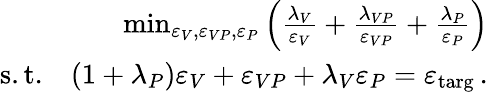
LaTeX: \begin{array}{r}{\operatorname*{min}_{\varepsilon_{V},\varepsilon_{VP},\varepsilon_{P}}\left(\frac{\lambda_{V}}{\varepsilon_{V}}+\frac{\lambda_{VP}}{\varepsilon_{VP}}+\frac{\lambda_{P}}{\varepsilon_{P}}\right)}\\ {\mathrm{s.t.}\quad(1+\lambda_{P})\varepsilon_{V}+\varepsilon_{VP}+\lambda_{V}\varepsilon_{P}=\varepsilon_{\mathrm{targ}}\, .}\end{array}